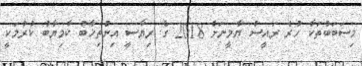
މިސަބަބުތަކާ ހުރެ ރައީސް ޔާމީނަށް 2018 ގެ ރިޔާސީ އިންތިޚާބު ކާމިޔާބު ކުރުމަކީ